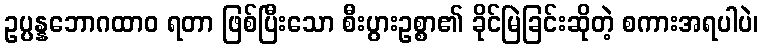
ဥပ္ပန္နဘောဂထာဝ ရတာ ဖြစ်ပြီးသော စီးပွားဥစ္စာ၏ ခိုင်မြဲခြင်းဆိုတဲ့ စကားအရပါပဲ၊